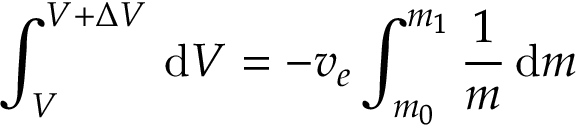
\int _ { V } ^ { V + \Delta V } \, \mathrm { d } V = { - v _ { e } } \int _ { m _ { 0 } } ^ { m _ { 1 } } { \frac { 1 } { m } } \, \mathrm { d } m